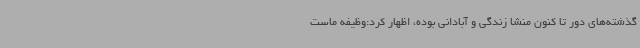
گذشته‌های دور تا کنون منشا زندگی و آبادانی بوده، اظهار کرد:وظیفه ماست